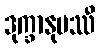
ဒုက္ခာနုပဿီ